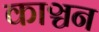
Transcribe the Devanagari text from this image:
काञ्चन